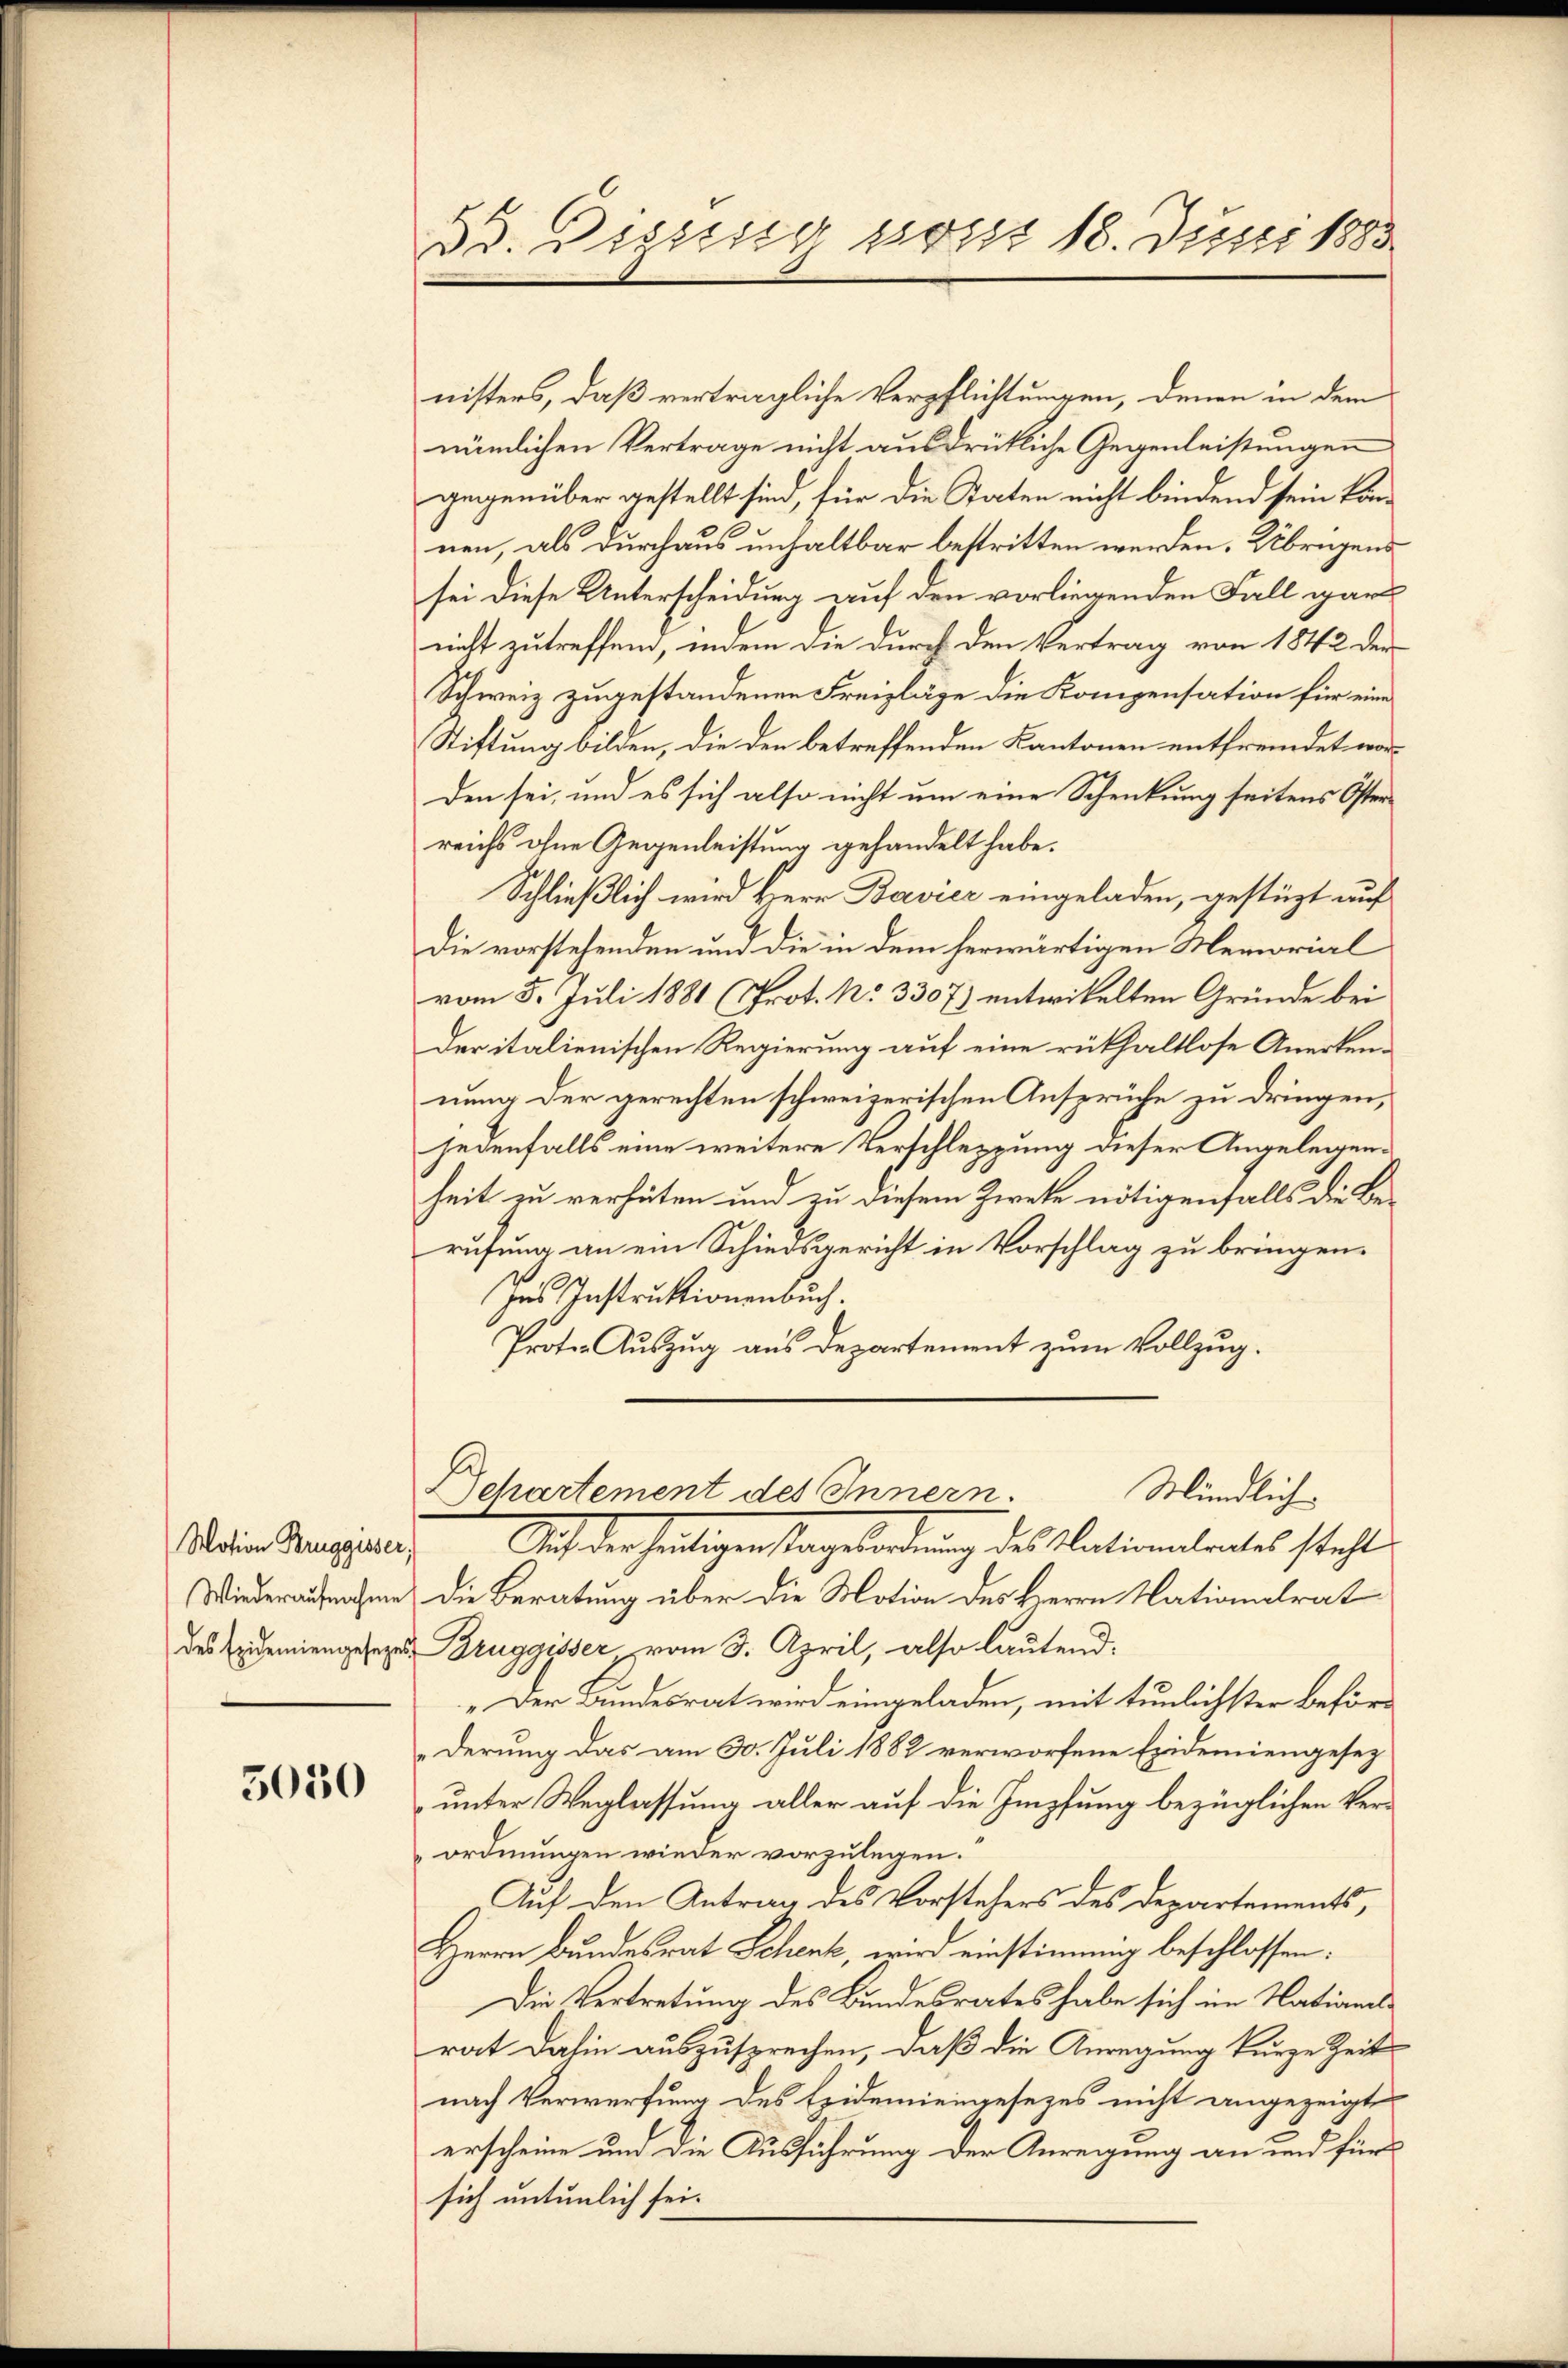
Motion Bruggisser,

5050

33. Disses post 18. Juni 1883

nisters, daß verträgliche Verpflichtungen, denen in dem
nämlichen Vertrage nicht ausdrükliche Gegenleistungen
gegenüber gestellt sind, für die Staten nicht bindend sein konnen, als durchaus unhaltbar bestritten werden. Übrigens
sei diese Unterscheidung auf den vorliegenden Fall gar
nicht zutreffend, indem die durch den Vertrag von 1842 der
Schweiz zugestandenen Freizläge die Kompensation für eine
Stiftung bilden, die den betreffenden Kantonen entfremdet worden sei, und es sich also nicht um eine Schenkung seitens Osterreichs ohne Gegenleistung gehandelt habe.
Schließlich wird Herr Bavier eingeladen, gestüzt auf
Die vorstehenden und die in dem herwärtigen Memorial
vom 5. Juli 1881 (Prot. No 3307) entwickelten Gründe bei
der italienischen Regierung auf eine rükhaltlose Anerken-
nung der gerechten schweizerischen Ansprüche zu dringen,
jedenfalls eine weitere Verschleppung dieser Angelegenheit zu verhüten und zu diesem Zweke nötigenfalls die Berufung an ein Schiedsgericht in Vorschlag zu bringen.
Ins Instruktionenbuch.
Proton Auszug aus Departement zum Vollzug.
Mündlich
Departement des Innern.
Auch der heutigenstangeordnung des lectirendantes steht
Wiederaufnahme die Beratung über die Motion des Herrn Nationalrat
des Exemiengesezen Bruggisser vom 3. April, also lautend:
„Der Bundesrat wird eingeladen, mit tunlichster Beförderung das am 30. Juli 1882 verworfene Epidemiengesez
unter Weglassung aller auf die Impfung bezüglichen Verordnungen wieder vorzulegen.
Auf den Antrag des Vorstehers des Departements,
Herrn Bundesrat Schenk, wird einstimmig beschlossen:
Die Vertretung des Bundesrates habe sich im Nationsrat dahin auszusprechen, daß die Anregung kurze Zeit
nach Verwerfung des Epidemiengesezes nicht angezeigt
erscheine und die Ausführung der Anreigung an und für
sich untenlich sei.